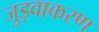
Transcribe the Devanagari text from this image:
जुड़वाकरण